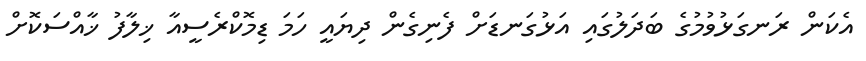
އެކަން ރަނގަޅުވުމުގެ ބަދަލުގައި އަޅުގަނޑަށް ފެނިގެން ދިޔައީ ހަމަ ޑިމޮކްރެސީއާ ޚިލާފު ޚާއްސަކޮށް